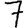
Digit: 7